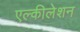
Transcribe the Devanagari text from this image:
एल्कीलेशन